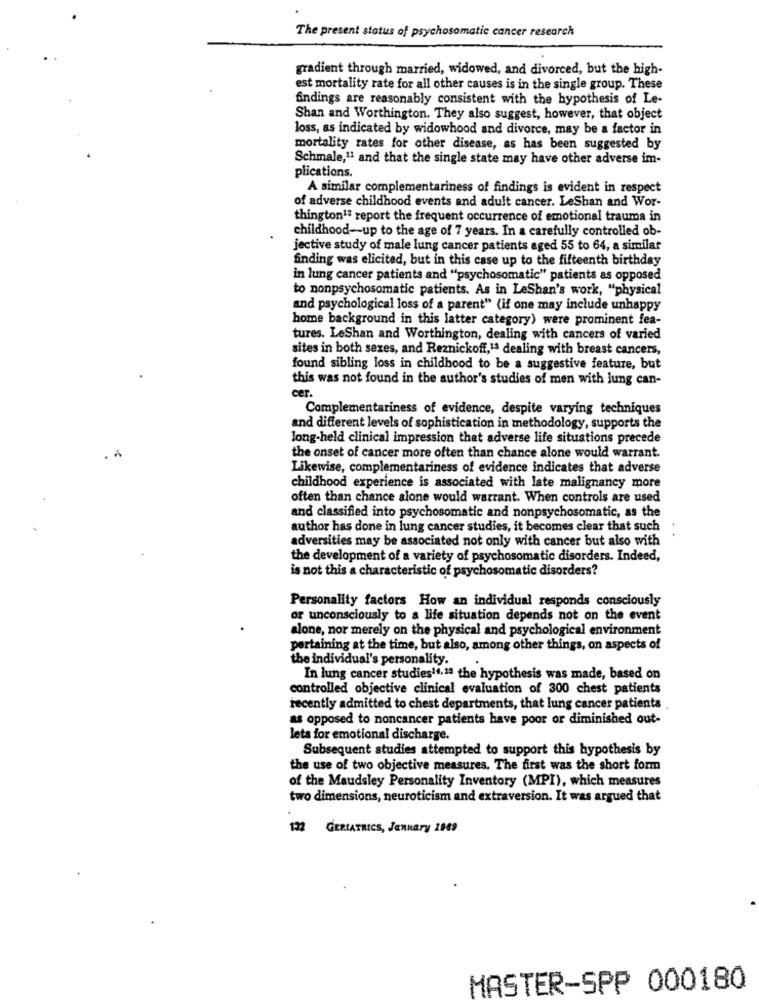
The present status of psychosomatic cancer research
gradient through married, widowed, and divorced, but the high-
est mortality rate for all other causes is in the single group. These
findings are reasonably consistent with the hypothesis of Le-
Shan and Worthington. They also suggest, however, that object
loss, as indicated by widowhood and divorce, may be a factor in
mortality rates for other disease, as has been suggested by
Schmale,11 and that the single state may have other adverse im-
plications.
A similar complementariness of findings is evident in respect
of adverse childhood events and adult cancer. LeShan and Wor-
thington1ª report the frequent occurrence of emotional trauma in
childhood-up to the age of 7 years. In a carefully controlled ob-
jective study of male lung cancer patients aged 55 to 64, a similar
finding was elicited, but in this case up to the fifteenth birthday
in lung cancer patients and "psychosomatic" patients as opposed
to nonpsychosomatic patients. As in LeShan's work, "physical
and psychological loss of a parent" (if one may include unhappy
home background in this latter category) were prominent fea-
tures. LeShan and Worthington, dealing with cancers of varied
sites in both sexes, and Reznickoff,13 dealing with breast cancers,
found sibling loss in childhood to be a suggestive feature, but
this was not found in the author's studies of men with lung can-
cer.
Complementariness of evidence, despite varying techniques
and different levels of sophistication in methodology, supports the
long-held clinical impression that adverse life situations precede
the onset of cancer more often than chance alone would warrant.
Likewise, complementariness of evidence indicates that adverse
childhood experience is associated with late malignancy more
often than chance alone would warrant. When controls are used
and classified into psychosomatic and nonpsychosomatic, as the
author has done in lung cancer studies, it becomes clear that such
adversities may be associated not only with cancer but also with
the development of a variety of psychosomatic disorders. Indeed,
is not this a characteristic of psychosomatic disorders?
Personality factors How an individual responds consciously
or unconsciously to a life situation depends not on the event
alone, nor merely on the physical and psychological environment
pertaining at the time, but also, among other things, on aspects of
the individual's personality.
In lung cancer studies11,15 the hypothesis was made, based on
controlled objective clinical evaluation of 300 chest patients
recently admitted to chest departments, that lung cancer patients
as opposed to noncancer patients have poor or diminished out-
lets for emotional discharge.
Subsequent studies attempted to support this hypothesis by
the use of two objective measures. The first was the short form
of the Maudsley Personality Inventory (MPI), which measures
two dimensions, neuroticism and extraversion. It was argued that
132 GERIATRICS, January 2949
MASTER-SPP 000180